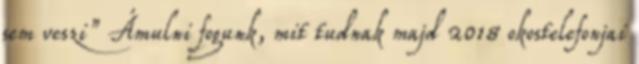
sem veszi” Ámulni fogunk, mit tudnak majd 2018 okostelefonjai